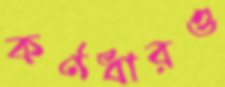
কর্ণধারও